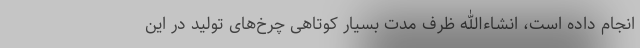
انجام داده است، انشاءالله ظرف مدت بسیار کوتاهی چرخ‌های تولید در این